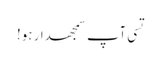
تسی آپ سمجھدار ہو!